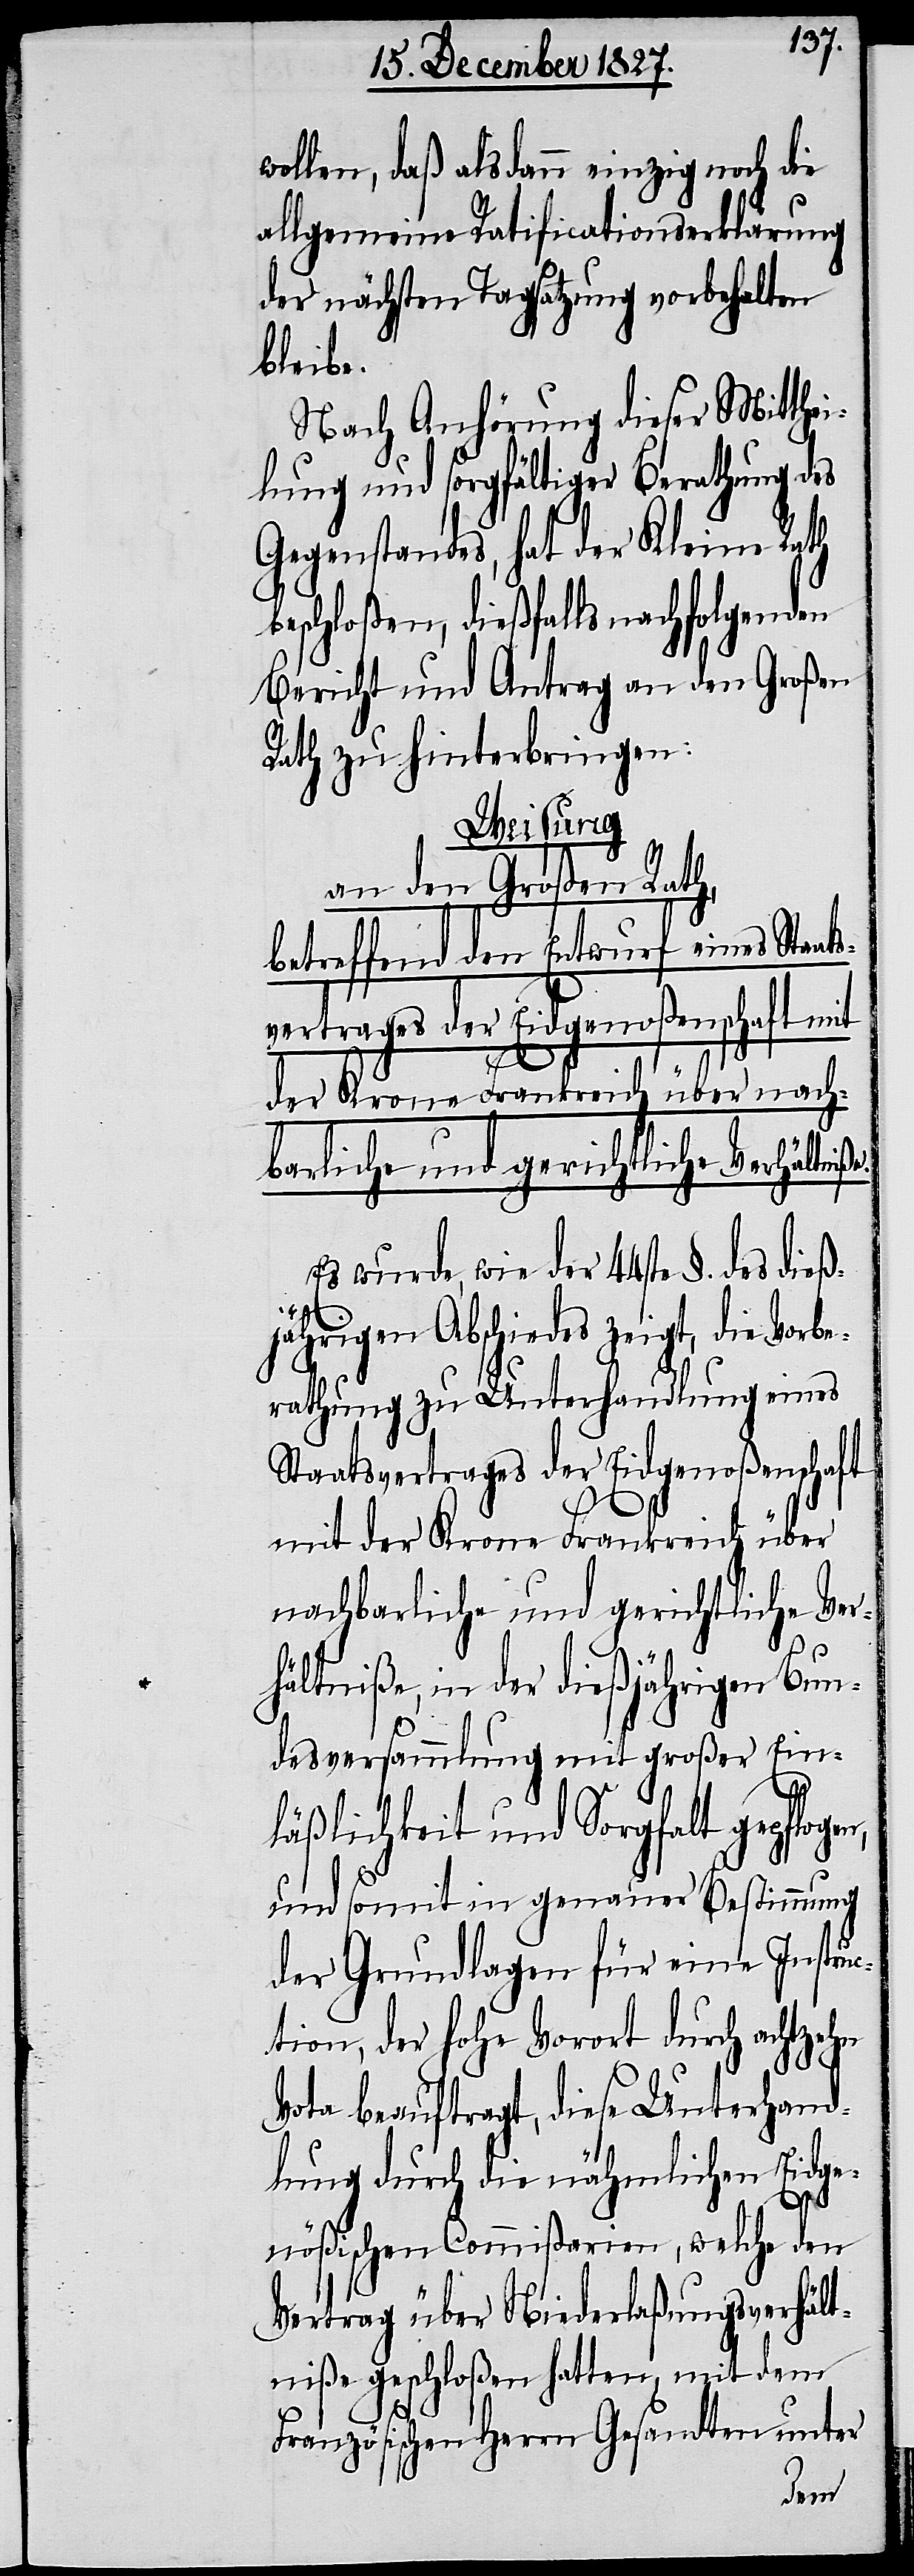
wollen, daß alsdann einzig noch die
allgemeine Ratificationserklärung
der nächsten Tagsatzung vorbehalten
bleibe.
Nach Anhörung dieser Mitthe¬
ilung und sorgfältiger Berathung des
Gegenstandes, hat der Kleine Rath
beschloßen, dießfalls nachfolgenden
Bericht und Antrag an den Großen
Rath zu hinterbringen:
Weisung
an den Großen Rath,
betreffend den Entwurf eines Staat¬
svertrages der Eidgenoßenschaft mit
der Krone Frankreich über nach¬
barliche und gerichtliche Verhältni¬
Es wurde, wie der 44ste des dieß¬
jährigen Abschiedes zeigt, die Vorbe¬
rathung zu Unterhandlung eines
Staatsvertrages der Eidgenoßenschaft
mit der Krone Frankreich über
nachbarliche und gerichtliche Ver¬
hältniße, in der dießjährigen Bun¬
desversammlung mit großer Ein¬
läßlichkeit und Sorgfalt gepflogen,
und somit in genauer Bestimmung
der Grundlagen für eine Instru¬
ction, der hohe Vorort durch achtzehn
Vota beauftragt, diese Unterhand¬
lung durch die nähmlichen Eidge¬
ße.
nößischen Commißarien, welche den
Vertrag über Niederlaßungsverhält¬
niße geschloßen hatten, mit dem
Französischen Herrn Gesandten unter